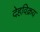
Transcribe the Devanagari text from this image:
देहविक्रय